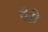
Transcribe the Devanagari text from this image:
नैरी